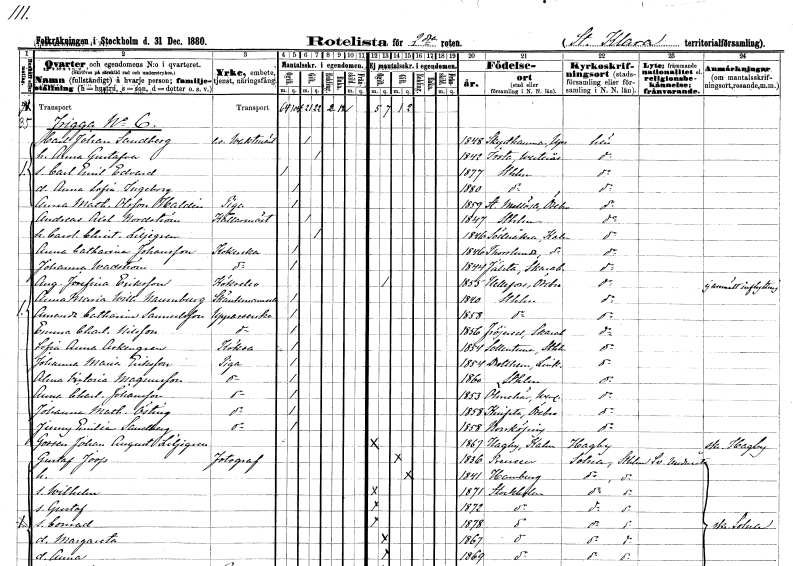
gt_parse: households: individuals: FN: Carl Johan
EN: Sandberg
YRKE: Vaktmästare e.o.
KON: M
CIV: G
FODAR: 1848
FODFORS: Skäfthammar Uppsala län
FN: Anna Gustafva
KON: K
CIV: G
FODAR: 1842
FODFORS: Irsta Västmanlands län
FN: Carl Emil Edvard
KON: M
CIV: O
FODAR: 1877
FODFORS: Stockholm
FN: Anna Sofia Ingeborg
KON: K
CIV: O
FODAR: 1880
FODFORS: Stockholm
FN: Anna Mathilda
EN: Olsson Haldén
YRKE: Piga
KON: K
CIV: O
FODAR: 1859
FODFORS: Stora Mellösa Örebro län
FN: Andreas Axel
EN: Nordström
YRKE: Källarmästare
KON: M
CIV: G
FODAR: 1847
FODFORS: Stockholm
FN: Carolina Christina
EN: Liljegren
KON: K
CIV: G
FODAR: 1846
FODFORS: Söderåkra Kalmar län
FN: Anna Catharina
EN: Johansson
YRKE: Kokerska
KON: K
CIV: O
FODAR: 1846
FODFORS: Torslunda Kalmar län
FN: Johanna
EN: Wadström
YRKE: Kokerska
KON: K
CIV: O
FODAR: 1844
FODFORS: Hjälstad Skaraborgs län
FN: Augusta Josefina
EN: Eriksson
YRKE: Kökselev
KON: K
CIV: O
FODAR: 1855
FODFORS: Hällefors Örebro län
FN: Anna Maria Wilhelmina
EN: Naumburg
YRKE: Skänkmamsell
KON: K
CIV: O
FODAR: 1840
FODFORS: Stockholm
FN: Amanda Catharina
EN: Samuelsson
YRKE: Uppasserska
KON: K
CIV: O
FODAR: 1858
FODFORS: Stockholm
FN: Emma Charlotta
EN: Nilsson
YRKE: Uppasserska
KON: K
CIV: O
FODAR: 1856
FODFORS: Fröjered Skaraborgs län
FN: Sofia Anna
EN: Askengren
YRKE: Köksa
KON: K
CIV: O
FODAR: 1854
FODFORS: Sollentuna Stockholms län
FN: Johanna Maria
EN: Eriksson
YRKE: Piga
KON: K
CIV: O
FODAR: 1854
FODFORS: Drothem Östergötlands län
FN: Olena Victoria
EN: Magnusson
YRKE: Piga
KON: K
CIV: O
FODAR: 1860
FODFORS: Stockholm
FN: Anna Charlotta
EN: Johansson
YRKE: Piga
KON: K
CIV: O
FODAR: 1853
FODFORS: Ölmehärad Värmlands län
FN: Johanna Mathilda
EN: Östing
YRKE: Piga
KON: K
CIV: O
FODAR: 1858
FODFORS: Knista Örebro län
FN: Jenny Emilia
EN: Sandberg
YRKE: Piga
KON: K
CIV: O
FODAR: 1858
FODFORS: Norrköping Östergötlands län
FN: Johan August
EN: Liljegren
KON: M
CIV: O
FODAR: 1867
FODFORS: Hagby Kalmar län